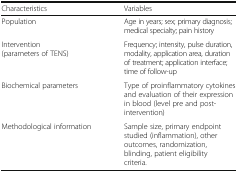
| Characteristics | Variables |
 | --- | --- |
 | Population | Age in years; sex; primary diagnosis; medical specialty; pain history |
 | Intervention(parameters of TENS) | Frequency; intensity, pulse duration, modality, application area, duration of treatment; application interface; time of follow-up |
 | Biochemical parameters | Type of proinflammatory cytokines and evaluation of their expression in blood (level pre and post-intervention) |
 | Methodological information | Sample size, primary endpoint studied (inflammation), other outcomes, randomization, blinding, patient eligibility criteria. |